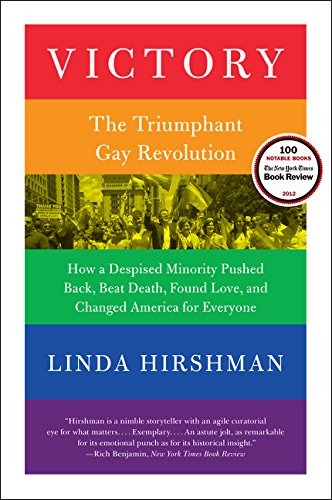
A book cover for Victory: The Triumphant Gay Revolution; Linda Hirshman; Gay & Lesbian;